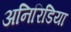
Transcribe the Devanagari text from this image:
अनिरिडिया